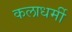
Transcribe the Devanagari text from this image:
कलाधर्मी